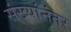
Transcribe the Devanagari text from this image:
संख्यांनंतर